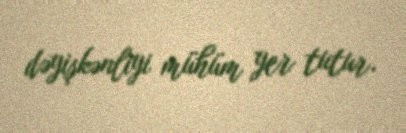
dəyişkənliyi mühüm yer tutur.